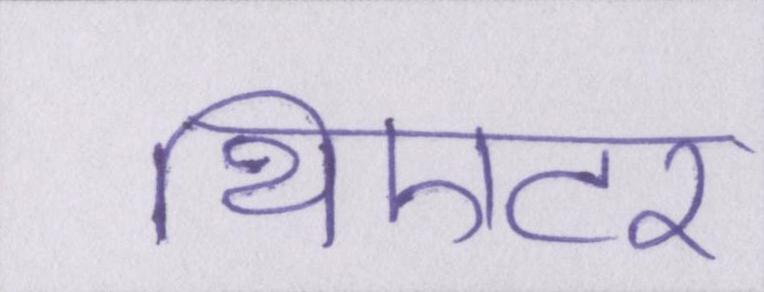
थिएटर